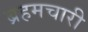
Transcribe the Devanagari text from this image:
ब्रहमचारी